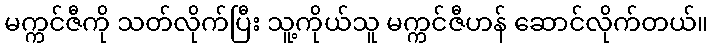
မက္ကင်ဇီကို သတ်လိုက်ပြီး သူ့ကိုယ်သူ မက္ကင်ဇီဟန် ဆောင်လိုက်တယ်။